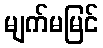
မျက်မမြင်